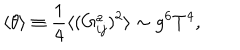
\langle \theta \rangle \equiv \frac { 1 } { 4 } \langle ( G _ { i j } ^ { a } ) ^ { 2 } \rangle \sim g ^ { 6 } T ^ { 4 } ,